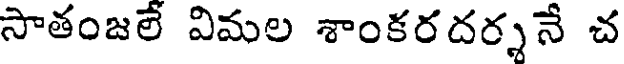
సాతంజలే విమల శాంకరదర్శనే చ